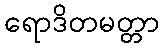
ရောဒိတမတ္တာ